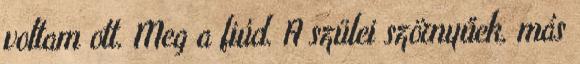
voltam ott. Meg a fiúd. A szülei szörnyűek, más